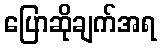
ပြောဆိုချက်အရ